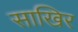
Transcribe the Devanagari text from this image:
साखिर